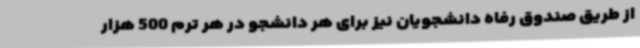
از طریق صندوق رفاه دانشجویان نیز برای هر دانشجو در هر ترم 500 هزار